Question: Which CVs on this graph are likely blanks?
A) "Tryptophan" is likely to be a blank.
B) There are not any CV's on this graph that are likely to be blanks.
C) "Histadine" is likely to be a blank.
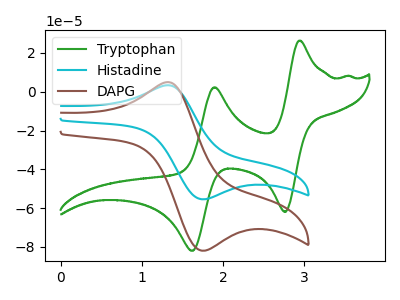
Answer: <think>The green curve "Tryptophan" has anodic peaks at (2.95V, 26.35uA) (1.90V, 2.30uA) and cathodic peaks at (2.75V, -61.95uA) (1.65V, -82.00uA). The cyan curve "Histadine" has an anodic peak at (1.30V, 3.35uA) and a cathodic peak at (1.80V, -55.45uA). The brown curve "DAPG" has an anodic peak at (1.30V, 4.95uA) and a cathodic peak at (1.80V, -81.95uA).</think>
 <answer>B) There are not any CV's on this graph that are likely to be blanks.</answer>
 <eval>B</eval>